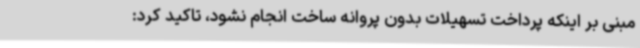
مبنی بر اینکه پرداخت تسهیلات بدون پروانه ساخت انجام نشود، تاکید کرد: